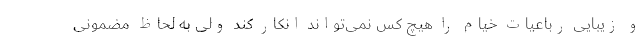
و زیبایی رباعیات خیام را هیچ کس نمی‌تواند انکار کند ولی به لحاظ مضمونی